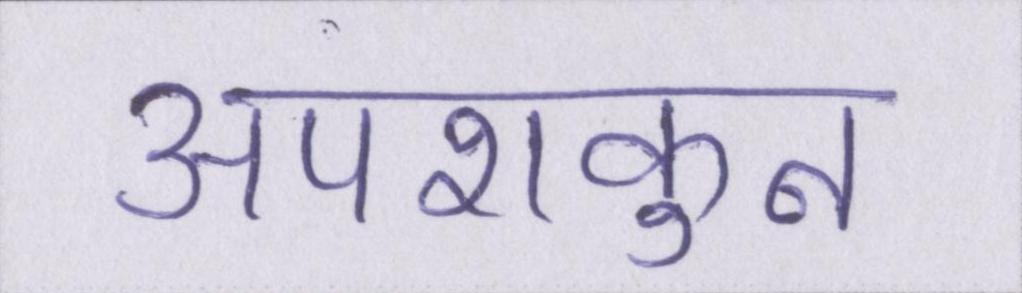
अपशकुन